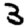
Digit: 3